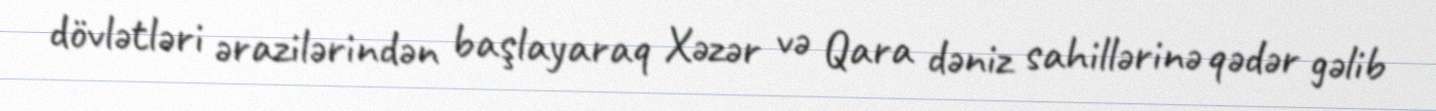
dövlətləri ərazilərindən başlayaraq Xəzər və Qara dəniz sahillərinə qədər gəlib